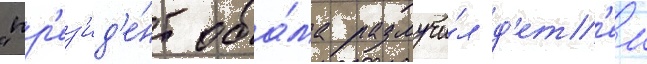
"пр'ез'ид'е́нт оба́ма разлучи́л д'ет'еи